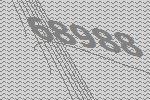
68988